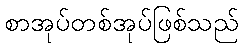
စာအုပ်တစ်အုပ်ဖြစ်သည်